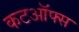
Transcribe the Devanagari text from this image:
कटऑफ्स